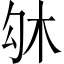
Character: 𠣛